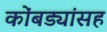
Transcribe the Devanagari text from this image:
कोंबड्यांसह